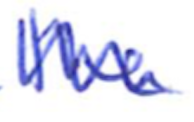
Text: the
Cross-out: zig-zag
Writing tool: ballpoint